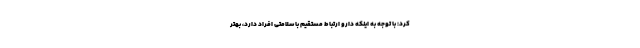
کرد: با توجه به اینکه دارو ارتباط مستقیم با سلامتی افراد دارد، بهتر